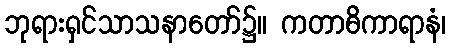
ဘုရားရှင်သာသနာတော်၌။ ကတာဓိကာရာနံ၊